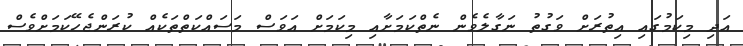
އަދި މިކަމުގައި އިތުރަށް ވަގުތު ނަގާލެވެން ނެތްކަމަށާއި މިކަމަށް އަވަސް މަސައްކަތްތަކެއް ކުރަންޖެހޭކަމަށްވެސް